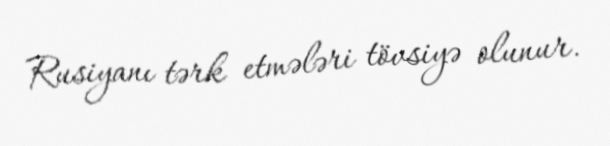
Rusiyanı tərk etmələri tövsiyə olunur.